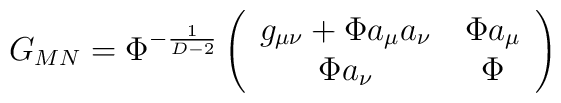
G_{MN}=\Phi^{-\frac{1}{D-2}}\left(\begin{array}{cc} g_{\mu\nu}+\Phi a_\mu a_\nu& \,\Phi a_\mu \\ \Phi a_\nu & \,\Phi\end{array}\right)